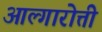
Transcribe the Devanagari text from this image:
आल्गारोत्ती